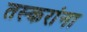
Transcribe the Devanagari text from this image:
तस्करांना